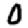
Digit: 0